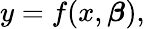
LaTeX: y=f(x,{\boldsymbol{\beta}}),